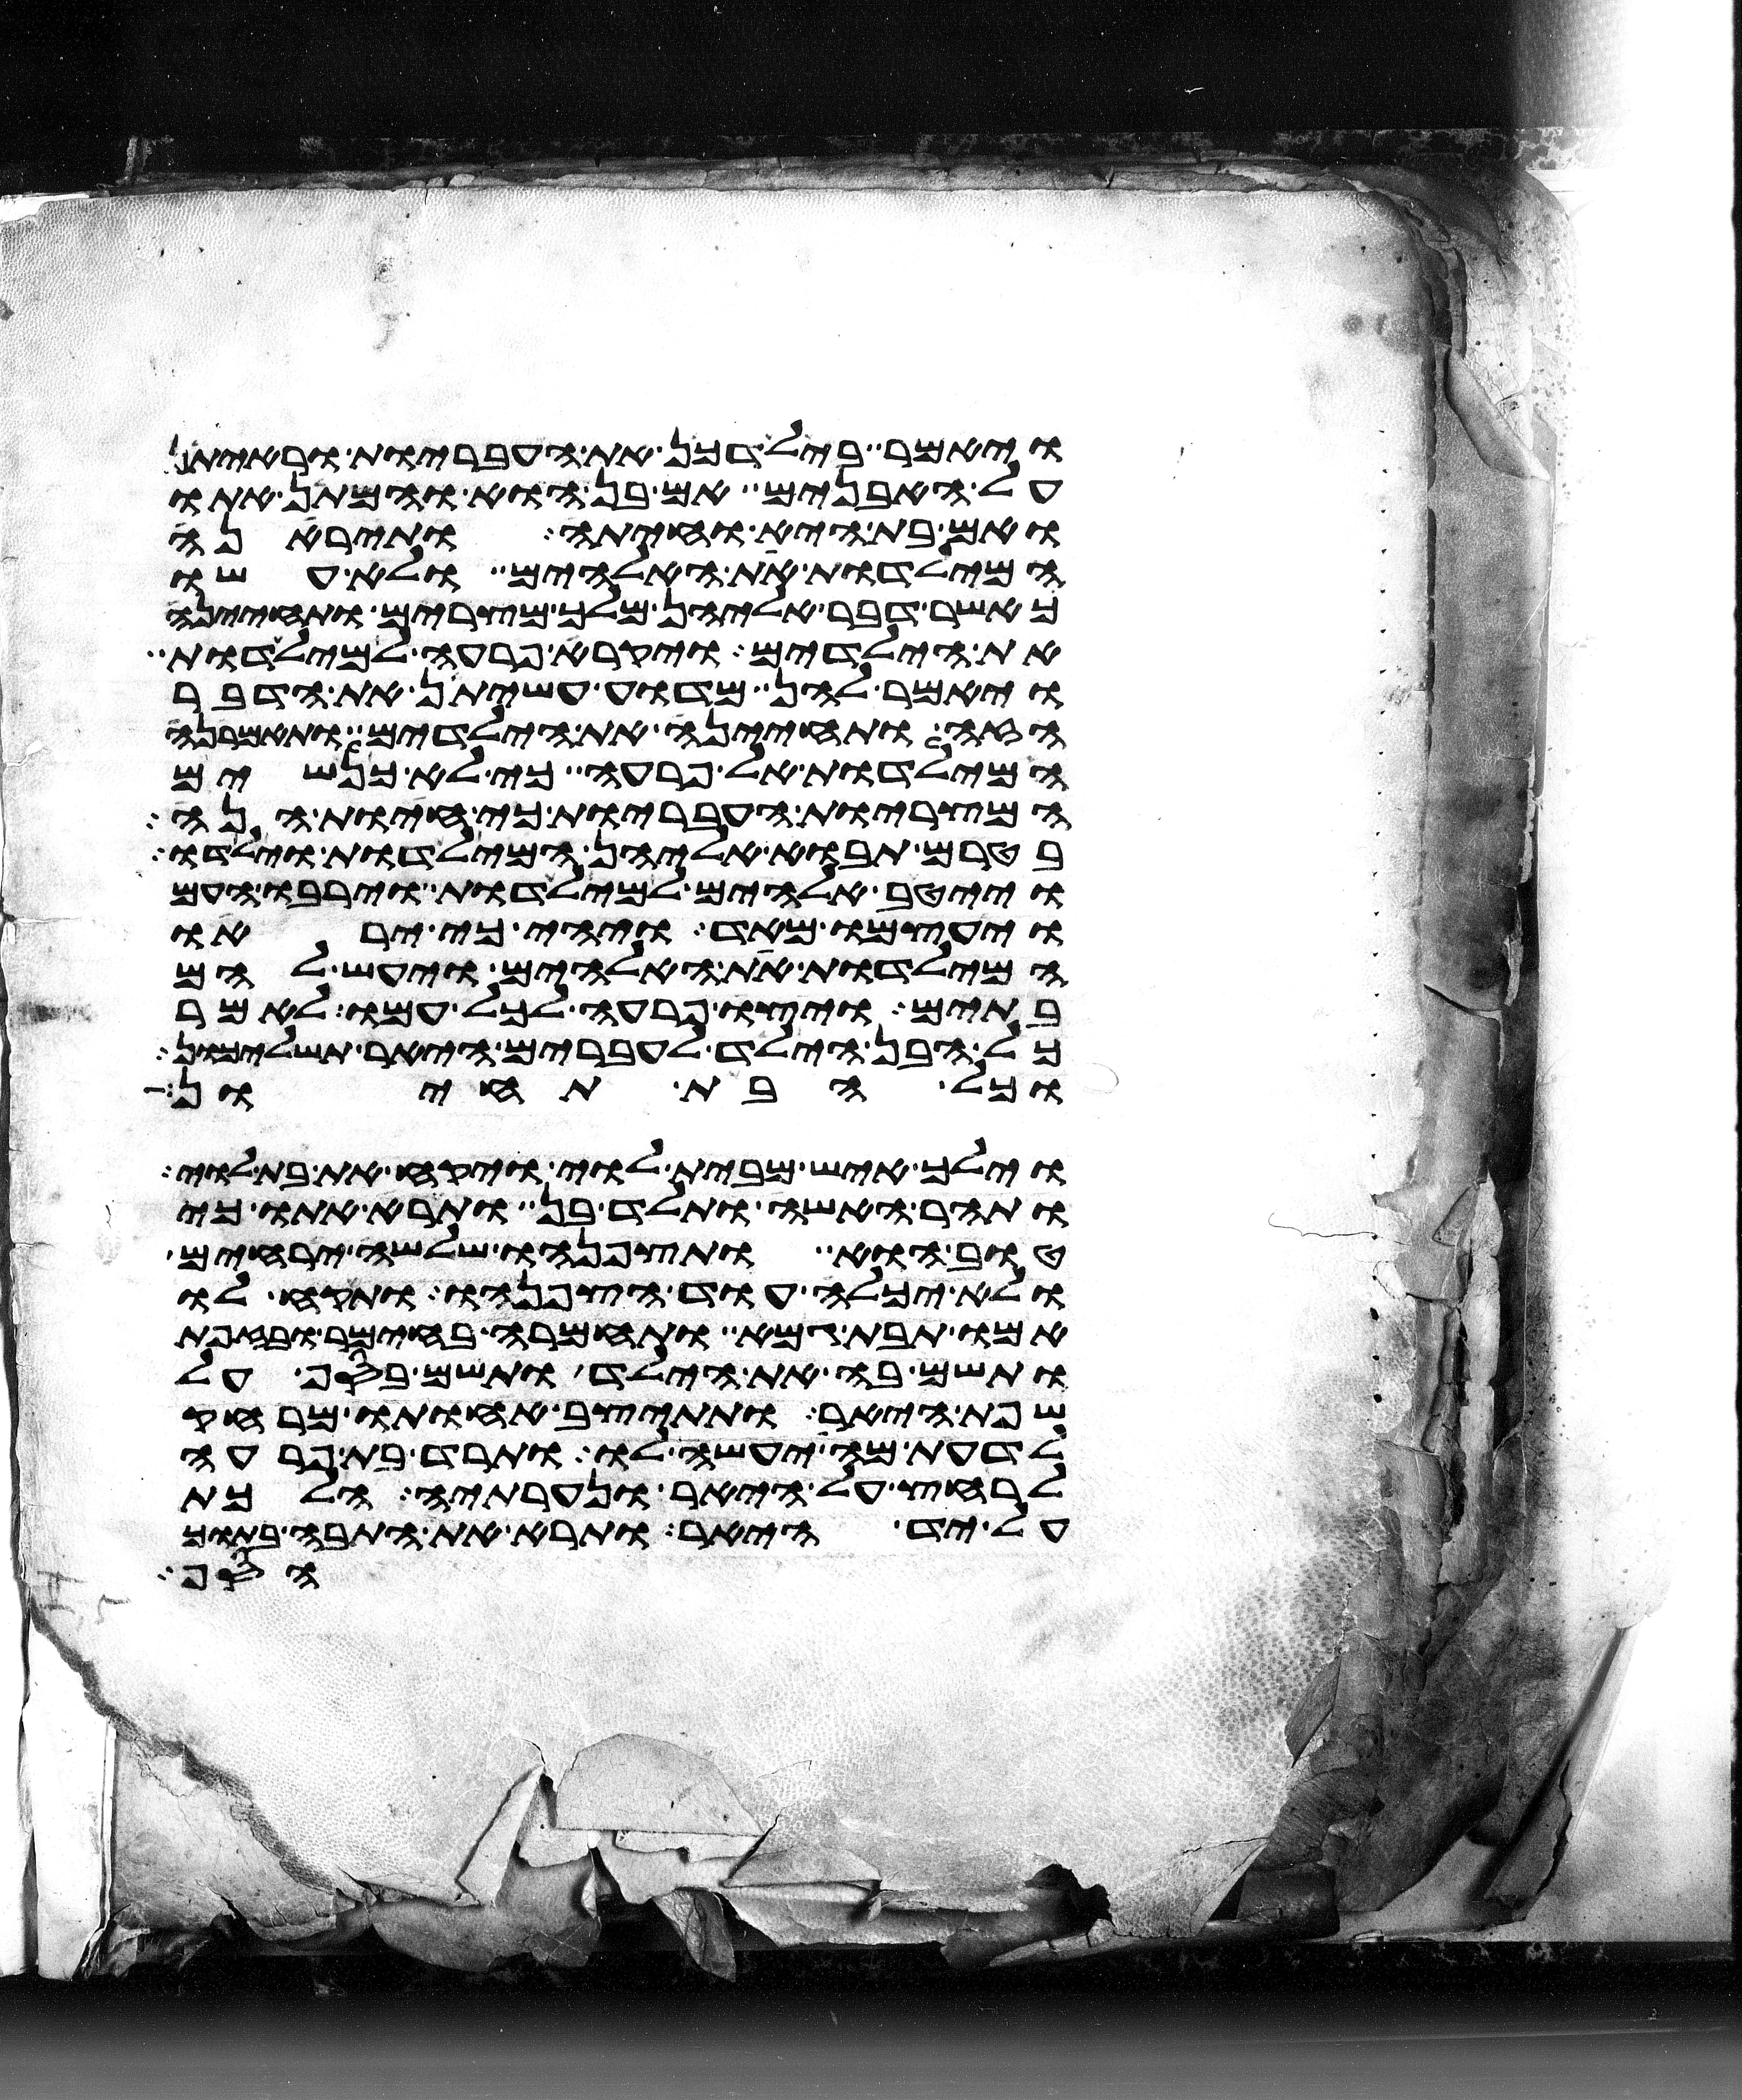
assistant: ויאמר בילדכן את העבריות וראיתן
על האבנים אם בן הוא והמתן אתו
ואם בת היא וחיתה ותיראנה
המילדות את האלהים ולא עשו
כאשר דבר אליהן מלך מצרים ותחינה
את הילדים ויקרא פרעה למילדות
ויאמר להן מדוע עשיתן את הדבר
הזה ותחינה את הילדים ותאמרנה
המילדות אל פרעה כי לא כנשים
המצריות העבריות כי חיות הנה
בטרם תבוא אליהן המילדות וילדו
וייטב אלהים למילדות וירבו העם
ויעצמו מאד ויהי כי יראו
המילדות את האלהים ויעש להם
בתים ויצו פרעה לכל עמו לאמר
כל הבן הילד לעברים היאר תשליכון
וכל הבת תחיון
וילך איש מבית לוי ויקח את בת לוי
ותהר האשה ותלד בן ותרא אתו כי
טוב הוא ותצפנהו שלשה ירחים
ולא יכלה עוד הצפנהו ותקח לו
אמו תבת גמא ותחמרה בחימר ובזפת
ותשם בה את הילד ותשם בסף על
שפת היאר ותתיצב אחותו מרחק
לדעת מה יעשה לו ותרד בת פרעה
לרחץ על היאר ונערתיה הלכת
על יד היאר ותרא את התבה בתוך
הסף